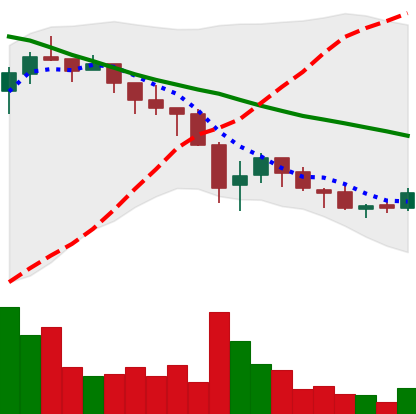
Ticker: ADA-USD
Chart end date: 2018-05-20
Forward return: -21.661%
Label: down_7plus